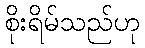
စိုးရိမ်သည်ဟု